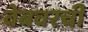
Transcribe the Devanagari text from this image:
वेबवरची